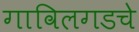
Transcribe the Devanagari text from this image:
गाविलगडचे